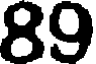
89